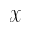
\scriptscriptstyle \mathcal { X }